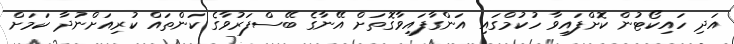
އަދި ހައިކޯޓުން ކޮށްފައިވާ ހުކުމްގައި އަންގާފައިވާގޮތަށް އޭނާގެ ބޭސްފަރުވާގެ ކަންތައް ކުރިއަށްނުދާ ކަމަށް